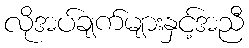
လိုအပ်ချက်များနှင့်အညီ